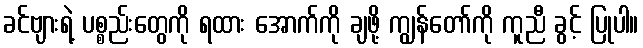
ခင်ဗျားရဲ့ ပစ္စည်းတွေကို ရထား အောက်ကို ချဖို့ ကျွန်တော်ကို ကူညီ ခွင့် ပြုပါ။